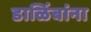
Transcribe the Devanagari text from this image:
डाळिंबांना